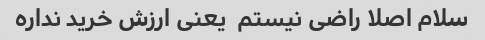
سلام اصلا راضی نیستم  یعنی ارزش خرید نداره